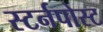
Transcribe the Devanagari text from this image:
स्टर्नपोस्ट